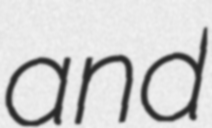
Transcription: and